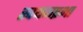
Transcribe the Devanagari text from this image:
स्वयमप्रभा